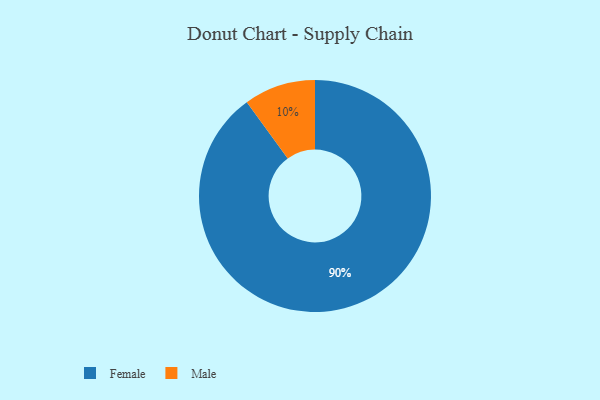
{"axis": {"x": "Category", "y": "Percentage"}, "legend": ["Female", "Male"], "data": [{"x": "Female", "y": 90, "type": "Female"}, {"x": "Male", "y": 10, "type": "Male"}]}